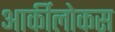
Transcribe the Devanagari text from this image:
आर्कीलोकस